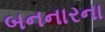
બનનારના